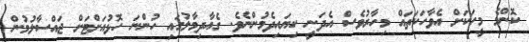
ކޮންމެ މީހަކަށް އެވާހަކަތައް މިހާރުވެސް އެދަނީ ކިޔައިދެމުންނެވެ. ގެއާދިމާލުގައި ހުންނަ ހޮޅުއަށްޓަށް ޖައްސާލުމުން